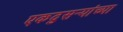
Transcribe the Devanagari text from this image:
एकदुसऱ्यांच्या